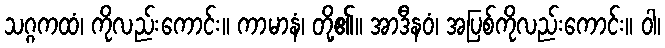
သဂ္ဂကထံ၊ ကိုလည်းကောင်း။ ကာမာနံ၊ တို့၏။ အာဒီနဝံ၊ အပြစ်ကိုလည်းကောင်း။ ဝါ၊